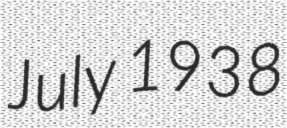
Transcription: July 1938